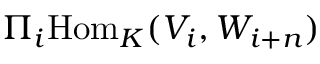
\Pi _ { i } { \mathrm { H o m } } _ { K } ( V _ { i } , W _ { i + n } )